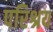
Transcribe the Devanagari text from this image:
परिश्रय